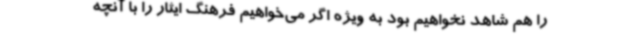
را هم شاهد نخواهیم بود به ویژه اگر می‌خواهیم فرهنگ ایثار را با آنچه